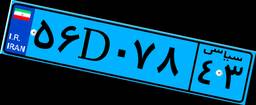
۵۶D۰۷۸۴۳